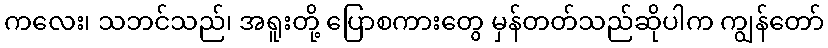
ကလေး၊ သဘင်သည်၊ အရူးတို့ ပြောစကားတွေ မှန်တတ်သည်ဆိုပါက ကျွန်တော်